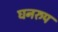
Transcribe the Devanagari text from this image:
घनरुप